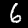
Label: 6